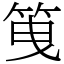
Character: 䇩